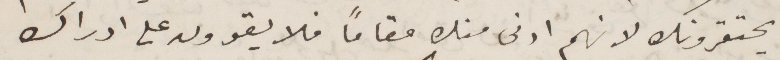
يحتقرونك لأنهم ادنى منهم مقامًا فلا يقوون على ادراك